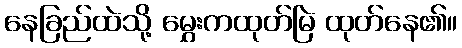
နေခြည်ထဲသို့ မွှေးကထုတ်မြဲ ထုတ်နေ၏။